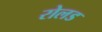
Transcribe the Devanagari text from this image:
रोलड